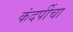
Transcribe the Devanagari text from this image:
कंदर्पीचा